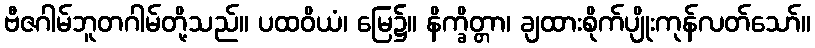
ဗီဇဂါမ်ဘူတဂါမ်တို့သည်။ ပထဝိယံ၊ မြေ၌။ နိက္ခိတ္တာ၊ ချထားစိုက်ပျိုးကုန်လတ်သော်။